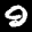
Label: 9